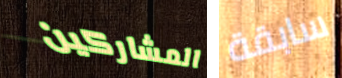
المشاركين سابقة